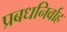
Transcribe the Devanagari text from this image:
प्रबधनिर्वाह